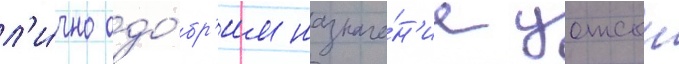
л'и́чно одо́бр'ил назначе́н'ие уотсон